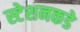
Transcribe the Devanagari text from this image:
स्टेशनकडे